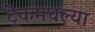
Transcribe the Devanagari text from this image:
ट्रेकमधल्या